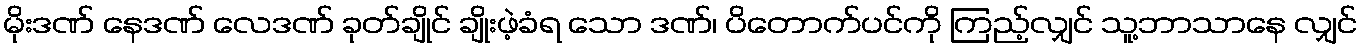
မိုးဒဏ် နေဒဏ် လေဒဏ် ခုတ်ချိုင် ချိုးဖဲ့ခံရ သော ဒဏ်၊ ပိတောက်ပင်ကို ကြည့်လျှင် သူ့ဘာသာနေ လျှင်